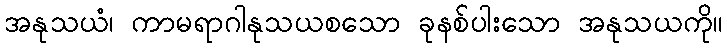
အနုသယံ၊ ကာမရာဂါနုသယစသော ခုနစ်ပါးသော အနုသယကို။